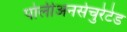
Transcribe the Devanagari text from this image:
पोलीअनसेचुरेटेड